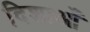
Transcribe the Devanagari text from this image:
दिशाओँ